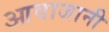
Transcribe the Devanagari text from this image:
आवाजानी